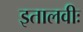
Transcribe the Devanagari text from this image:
इतालवीः